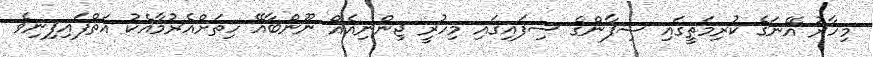
މިހާރު އޭނަގެ ކުރިމަތީގައި ޝިފާންގެ ސިފައިގައި މިހުރީ ޖިންނިއެއް ނޫންބާއޭ ހިތަށްއެރުމާއެކު އަތްފައިފިނިވެ